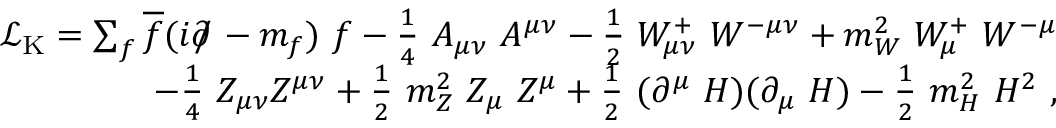
{ \begin{array} { r } { { \mathcal { L } } _ { \mathrm { K } } = \sum _ { f } { \overline { { f } } } ( i \partial \! \! \! / \! \; - m _ { f } ) \ f - { \frac { 1 } { 4 } } \ A _ { \mu \nu } \ A ^ { \mu \nu } - { \frac { 1 } { 2 } } \ W _ { \mu \nu } ^ { + } \ W ^ { - \mu \nu } + m _ { W } ^ { 2 } \ W _ { \mu } ^ { + } \ W ^ { - \mu } } \\ { \qquad - { \frac { 1 } { 4 } } \ Z _ { \mu \nu } Z ^ { \mu \nu } + { \frac { 1 } { 2 } } \ m _ { Z } ^ { 2 } \ Z _ { \mu } \ Z ^ { \mu } + { \frac { 1 } { 2 } } \ ( \partial ^ { \mu } \ H ) ( \partial _ { \mu } \ H ) - { \frac { 1 } { 2 } } \ m _ { H } ^ { 2 } \ H ^ { 2 } ~ , } \end{array} }